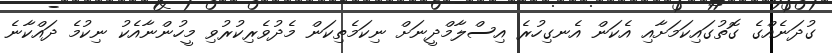
ގުދަނެއްގެ ގޮތުގައިކަމަށާއި އެކަން އެނގިހުރެ އިސްލާމްދީނަށް ނިކަމެތިކަން މެދުވެރިކުރުވި މީހުންނާއެކު ނިކުމެ ދައްކާނެ